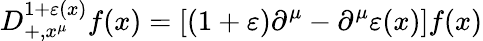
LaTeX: D_{+,x^{\mu}}^{1+\varepsilon(x)}f(x)=[(1+\varepsilon)\partial^{\mu}-\partial^{\mu}\varepsilon(x)]f(x)